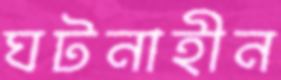
ঘটনাহীন